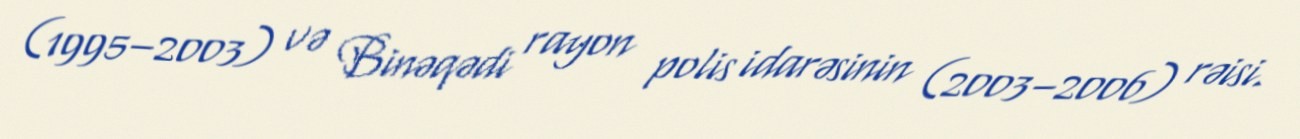
(1995–2003) və Binəqədi rayon polis idarəsinin (2003–2006) rəisi.